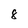
Character: 8